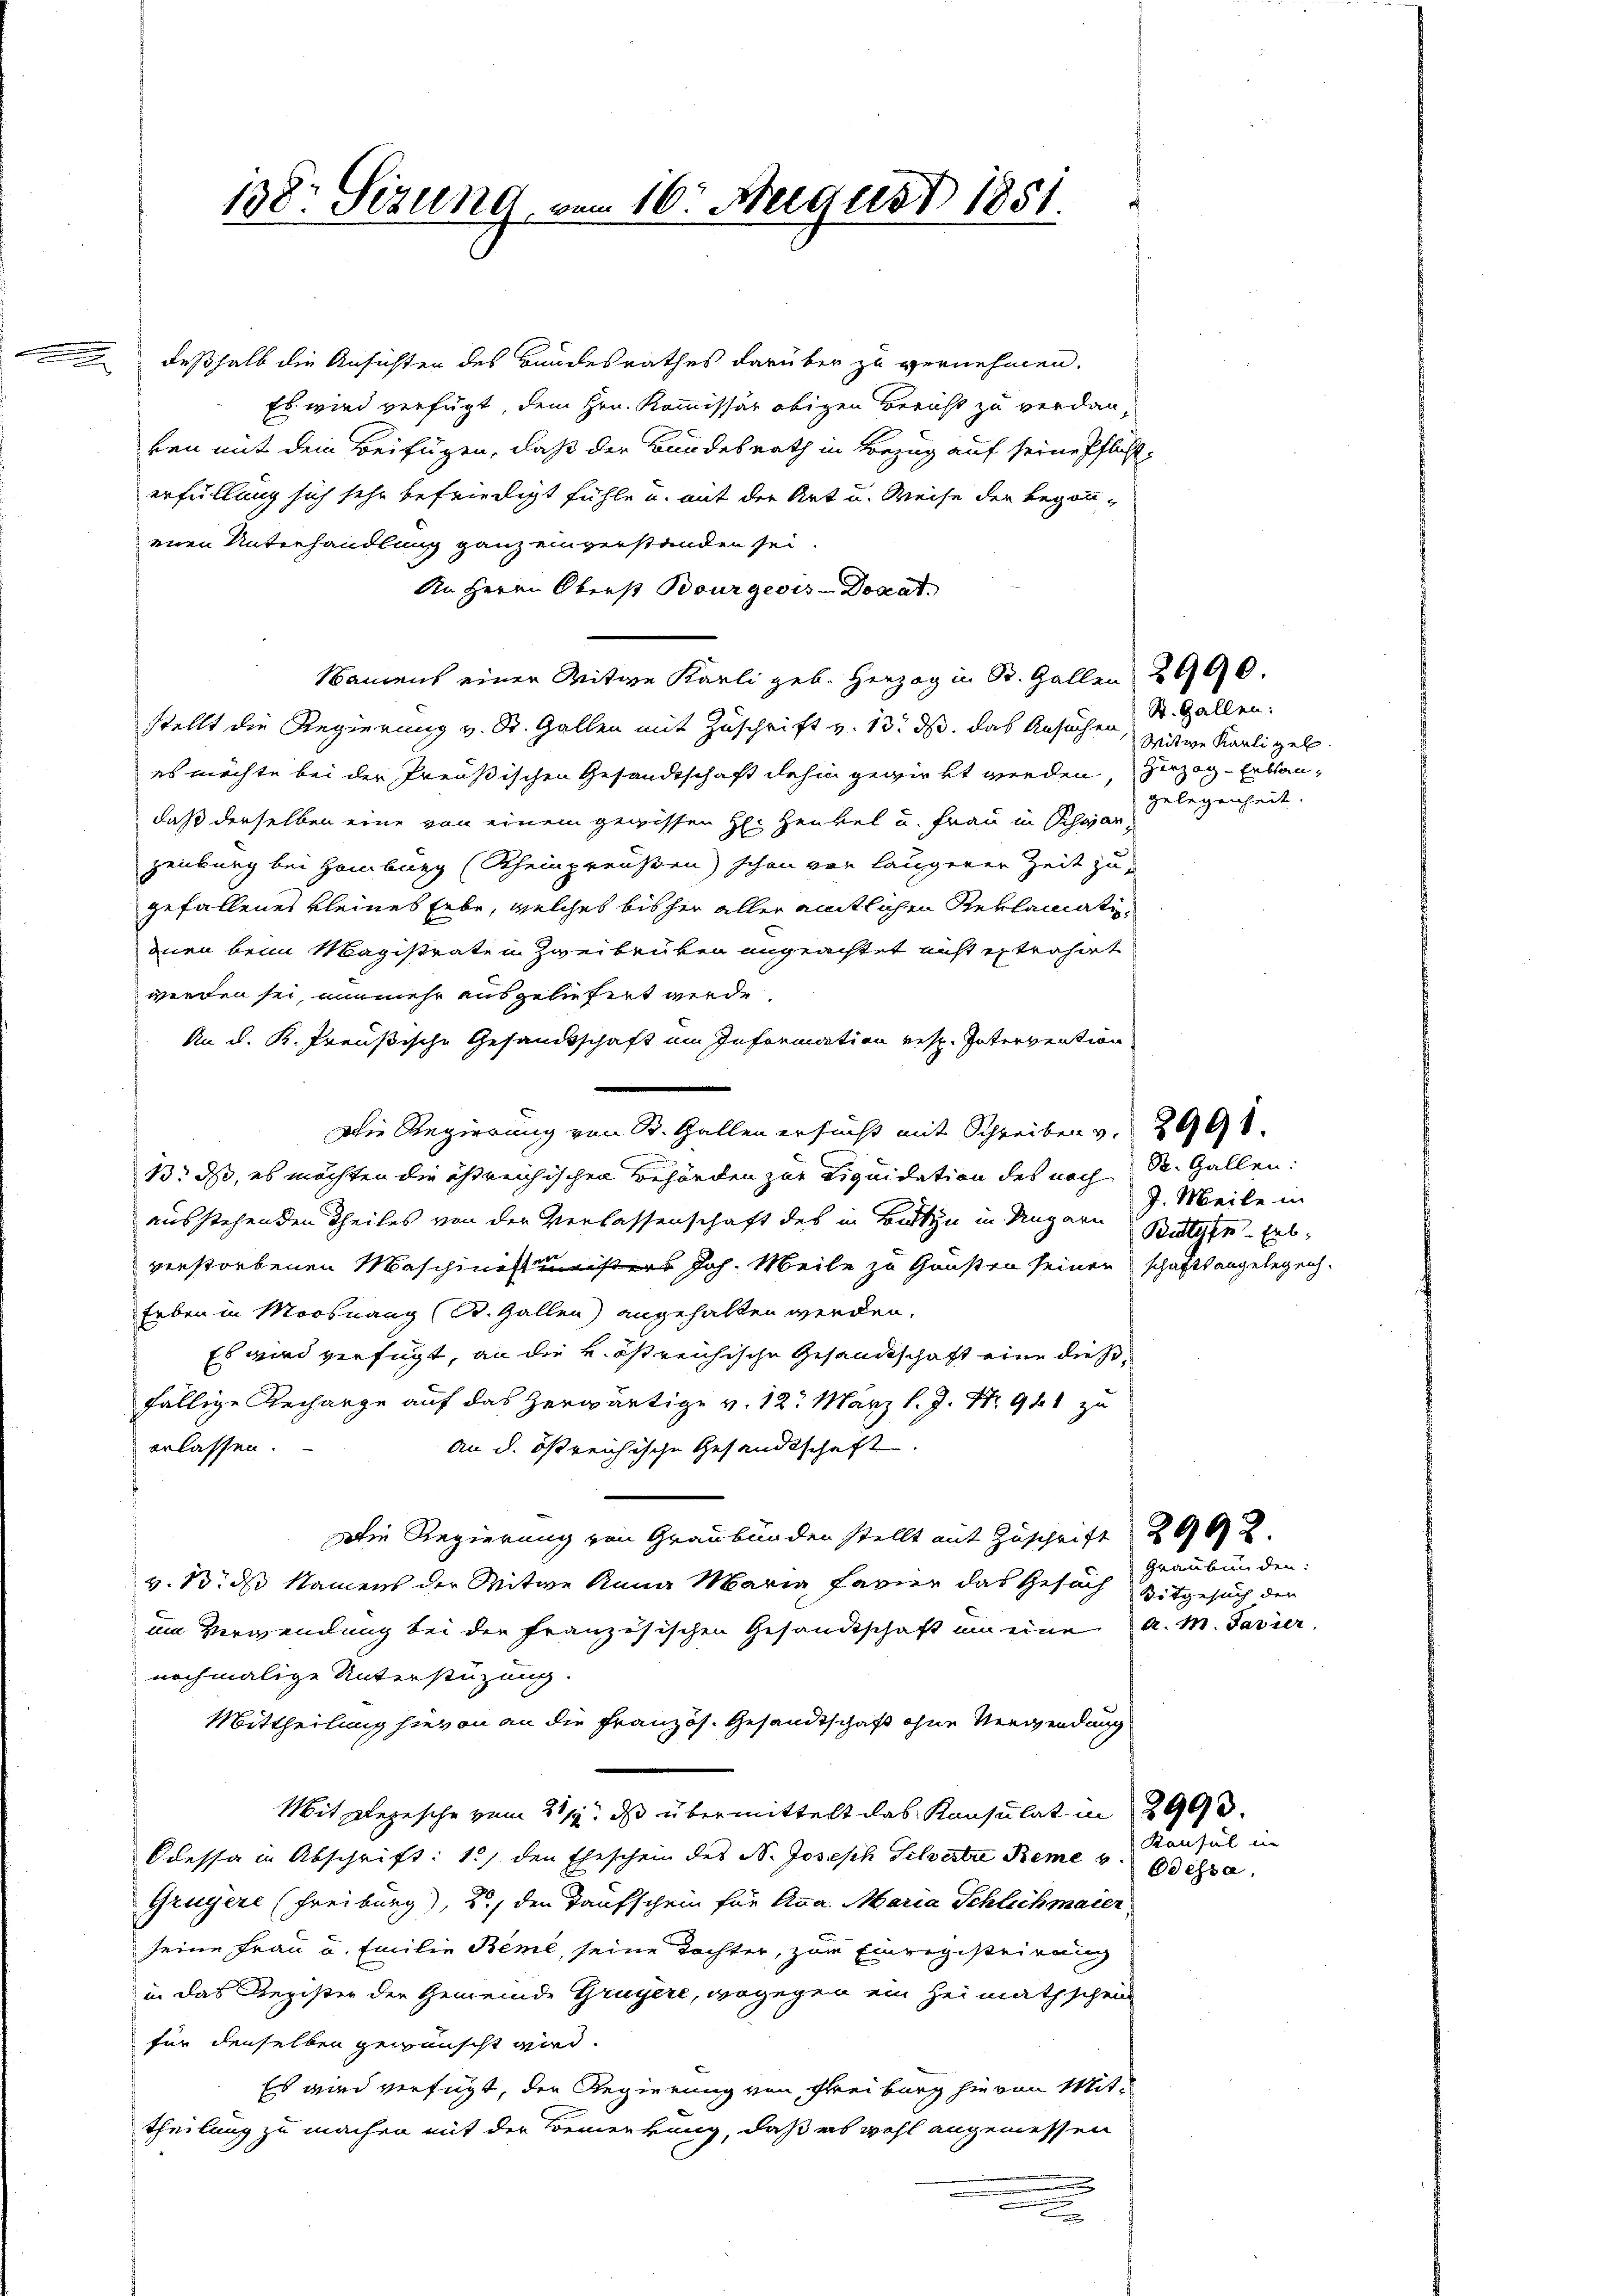
138. Sizung vom 16. August 1851

deßhalb die Ansichten des Bandesrathes darüber zu vernehmen,
Es wird verfügt, dem Hrn. Kommissär obigen Bericht zu verdanken mit dem Beifügen, daß der Bundesrath in Bezug auf seine Pflicht,
erfüllung sich sehr befriedigt fühle u. mit der Art u. Weise der begonneinen Unterhandlung ganz einverstanden sei.
An Herrn Oberst Bourgeois-Docat
Namens einer Witwe Karli geb. Herzog in St. Gallen 290.
stellt die Regierung v. St. Gallen mit Zuschrift v. 13. ds. das Ansuchen, zeitwe Karli gel
es möchte bei der Preußischen Gesandtschaft dahin gewirkt werden, zuzog-Erbaudaß derselben eine von einem gewissen H. Henkel u. Frau in Schwarzeiburg bei Hamburg (Rheinpreußen) schon vor längerer Zeit zu
gefallenes Kleines habe, welches bisher aller amtlichen Reklamatidnen beim Magistrate in Zweibrüken angeachtet nicht extrahirt
werden sei, unmehr ausgeliefert werde.
An d. K. Preußische Gesandtschaft im Information resp. Intervention
Die Regierung von St. Gallen ersucht mit Schreiben v. 2998.
13. ds, es möchten die östreichischen Behörden zur Liquidation des noch St. Gallen:
ausstehenden Theiles von der Verlassenschaft des in Bitten in Ungarn Welche Erbverstorbenen Maschinistinisters Joh. Meile zu Gunsten seiner schaftsangelegen.
Erben in Moosnang (St. Gallen angehalten werden.
Es wird verfügt, an die k. östreichische Gesandtschaft eine diesfällige Recharge auf das herwärtige v. 12. März l. J. Nr. 941 zu
erlassen.
An d. östreichische Gesandtschaft.
Die Regierung von Graubünden stellt mit Zuschrift 2902.
v. 13. ds Namens der Mitwe Anna Maria favier das Gesuch Mitgesuch der
um Verwendung bei der französischen Gesandtschaft um eine A. M. Tavier
nochmalige Unterstüzung.
Mittheilung hievon an die Französ. Gesandtschaft ohne Verwendung
Mit Depesche vom 21. ds übermittelt das Konsulat in 299.
Odessa in Abschrift: 1.) den Eheschein des N. Joseph Schwerte Reme Konsul in
Grugere (Freiburg), 2, den Taufschein für Anna Maria Schlich mater
seine Frau u. Emilie Beme, seine Tochter, zur Einregisteirung
in das Register der Gemeinde Gruyère, wogegen ein Heimathschein
für denselben gewünscht wird.
Es wird verfügt, der Regierung von Freiburg hievon Mittheilung zu machen mit der Bemerkung, daß es wohl angemessen
.

gelegenheit.

St. Gallen:

J. Meile in

Graubünden:

Odessa.